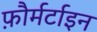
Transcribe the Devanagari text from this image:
फ़ौर्मर्टाइन